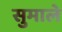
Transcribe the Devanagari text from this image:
सुमाले